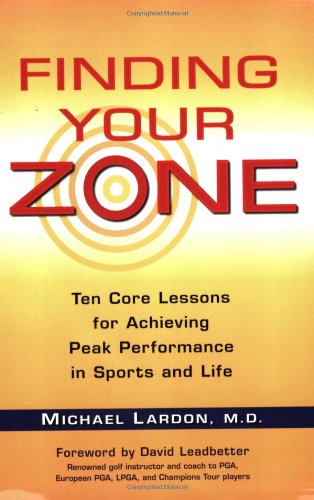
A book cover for Finding Your Zone: Ten Core Lessons for Achieving Peak Performance in Sports and Life; Michael Lardon; Sports & Outdoors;